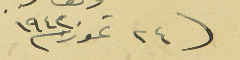
فى ٢٤ تموز سنة ١٩٤٢